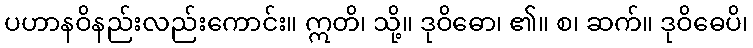
ပဟာနဝိနည်းလည်းကောင်း။ ဣတိ၊ သို့။ ဒုဝိဓော၊ ၏။ စ၊ ဆက်။ ဒုဝိဓေပိ၊